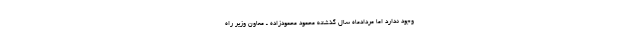
وجود ندارد اما مردادماه سال گذشته محمود محمودزاده ـ معاون وزیر راه